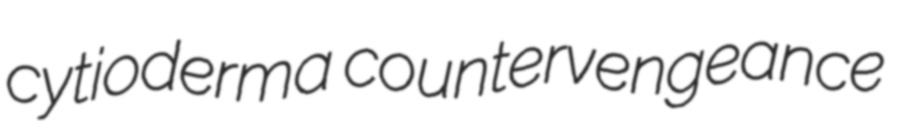
cytioderma countervengeance